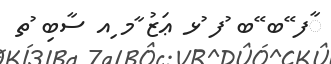
ާފ ޭބ ޭބ ުފ ުޅ ޢަޒު ާމ ިއ ސާބި ުތ